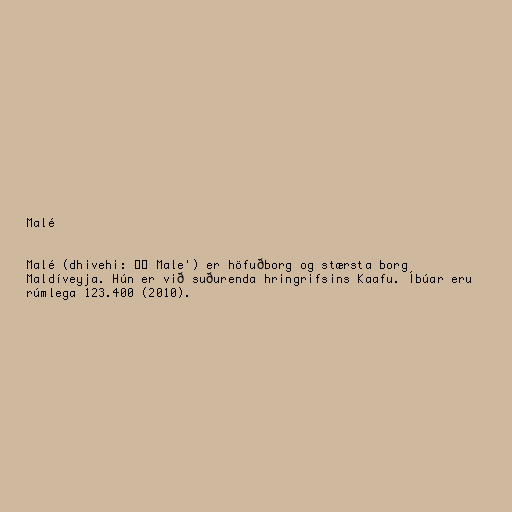
Malé

Malé (dhivehi: މާލެ Male') er höfuðborg og stærsta borg
Maldíveyja. Hún er við suðurenda hringrifsins Kaafu. Íbúar eru
rúmlega 123.400 (2010).